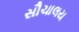
સૌચાલય